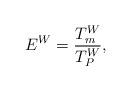
LaTeX: \begin{align*} E^W = \frac{T^W_m}{T^W_P},\end{align*}